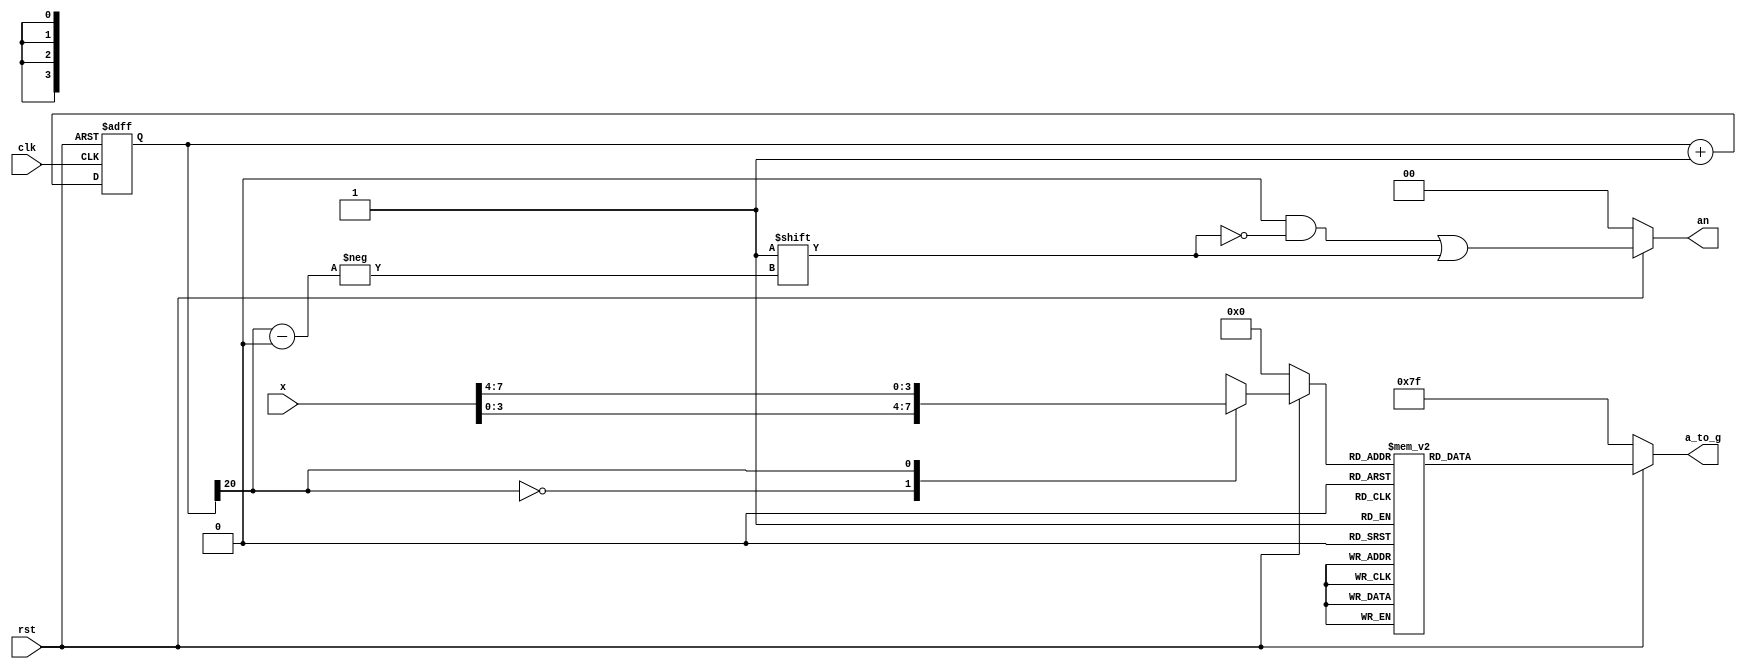
`timescale 1ns / 1ps
//////////////////////////////////////////////////////////////////////////////////
// Company: 
// Engineer: 
// 
// Design Name: 
// Module Name: digital_display
// Project Name: 
// Target Devices: 
// Tool Versions: 
// Description: 
// 
// Dependencies: 
// 
// Revision:
// Revision 0.01 - File Created
// Additional Comments:
// 
//////////////////////////////////////////////////////////////////////////////////


module digital_display(
    input clk,
    input rst,
    input [7:0] x,
    output reg [6:0] a_to_g,
    output reg [1:0] an
    );
    reg [20:0] clkdiv;
    always @ (posedge clk or negedge rst)begin
        if (!rst)
            clkdiv<=21'd0;
        else
            clkdiv=clkdiv+1;
    end
    wire  bitcnt; //
    assign bitcnt=clkdiv[20];
    reg [3:0] digit;//
    always @* begin
        if (!rst)
            an=2'd0;
        else begin
            an=2'd0;
            an[bitcnt]=1;
        end
    end
    always @* begin
        if (!rst)
            digit=4'd0;
        else
            case(bitcnt)
                2'd0:digit=x[3:0];
                2'd1:digit=x[7:4];
                default:digit=2'd0;
            endcase
    end
    always @(*)begin
    if (!rst)
        a_to_g=7'b1111111;
    else
        case(digit)
        0:a_to_g=7'b1111110;
        1:a_to_g=7'b0110000;
        2:a_to_g=7'b1101101;
        3:a_to_g=7'b1111001;
        4:a_to_g=7'b0110011;
        5:a_to_g=7'b1011011;
        6:a_to_g=7'b1011111;
        7:a_to_g=7'b1110000;
        8:a_to_g=7'b1111111;
        9:a_to_g=7'b1111011;
        default:a_to_g=7'b1111110;
        endcase
    end
endmodule